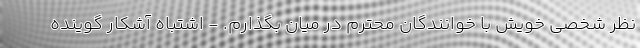
نظر شخصی خویش با خوانندگان محترم در میان بگذارم. - اشتباه آشکار گوینده